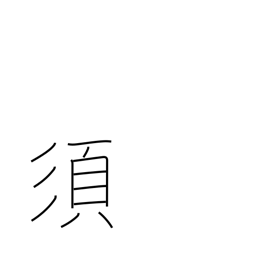
Meaning: ought